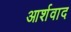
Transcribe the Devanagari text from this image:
आर्शवाद